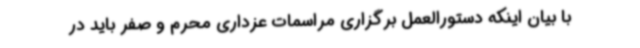
با بیان اینکه دستورالعمل برگزاری مراسمات عزداری محرم و صفر باید در